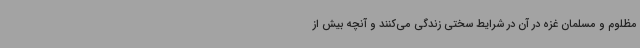
مظلوم و مسلمان غزه در آن در شرایط سختی زندگی‌ می‌کنند و آنچه بیش از